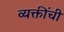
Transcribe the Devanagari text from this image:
व्यक्तींचीं